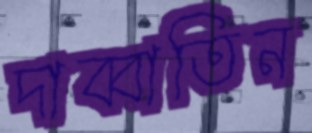
দাব্বাতিন